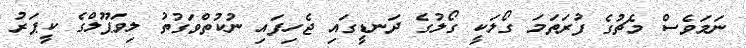
ނަމަވެސް މެޗުގެ ފުރަތަމަ ގޯލަކީ ގޯލުގެ ދަނޑީގައި ޖެހިފައި ނުކުތްވަގުތު ލިވަޕޫލްގެ ކީޕަރު